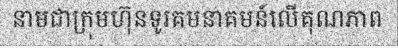
នាមជាក្រុមហ៊ុនទូរគមនាគមន៍លើគុណភាព